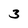
Character: 3